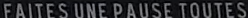
FAITES UNE PAUSE TOUTES